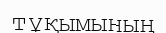
тұқымының